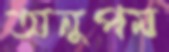
অনুপম